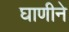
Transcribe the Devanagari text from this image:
घाणीने